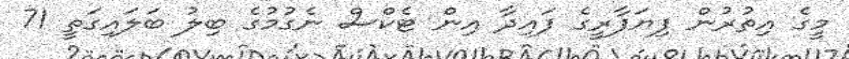
މީގެ އިތުރުން ފިޔަފާރީގެ ފައިދާ އިން ޓެކްސް ނެގުމުގެ ބިލު ބަލައިގަތީ 71